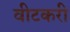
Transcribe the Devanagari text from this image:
वीटकरी